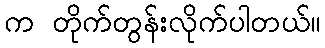
က တိုက်တွန်းလိုက်ပါတယ်။